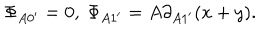
\Phi _ { A 0 ^ { \prime } } = 0 , \ \Phi _ { A 1 ^ { \prime } } = A \partial _ { A 1 ^ { \prime } } ( x + y ) .